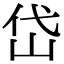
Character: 岱